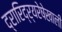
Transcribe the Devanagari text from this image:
द्रारिद्र्यरेषेखाली